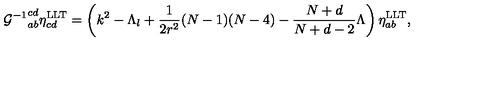
{ { \cal G } ^ { - 1 } } _ { a b } ^ { c d } \eta _ { c d } ^ { \mathrm { L L T } } = \left( k ^ { 2 } - \Lambda _ { l } + \frac { 1 } { 2 r ^ { 2 } } ( N - 1 ) ( N - 4 ) - \frac { N + d } { N + d - 2 } \Lambda \right) \eta _ { a b } ^ { \mathrm { L L T } } ,